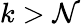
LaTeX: k>\mathcal{N}